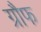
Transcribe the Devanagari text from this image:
ग्रौफ